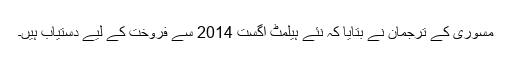
مسوری کے ترجمان نے بتایا کہ نئے ہیلمٹ اگست 2014 سے فروخت کے لیے دستیاب ہیں۔